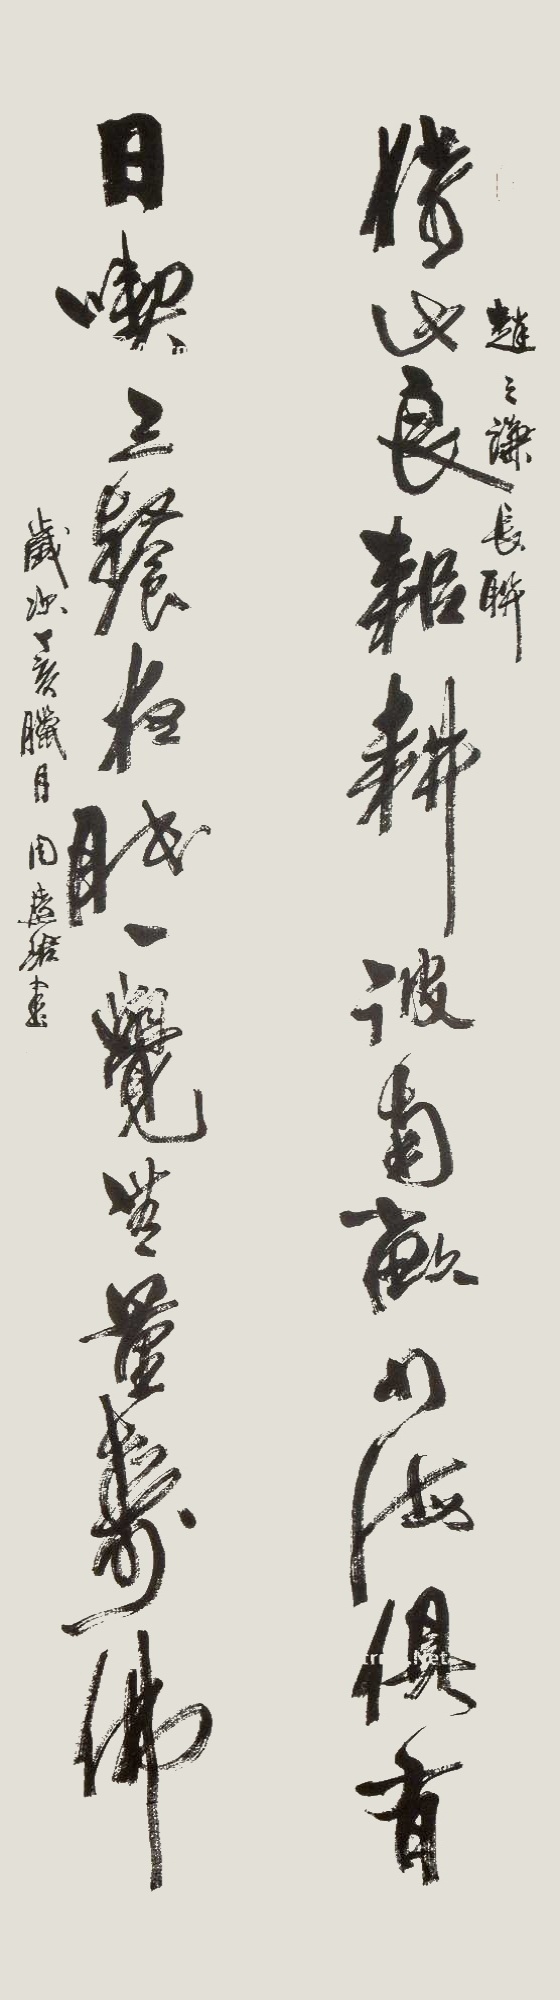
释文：猗此良耜耕彼南亩，四海俱有；日吃三餐夜眠一觉，无量寿佛。赵之谦长联，岁次丁亥腊月，周慧珺书。